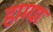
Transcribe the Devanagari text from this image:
हाग्या